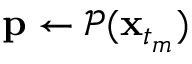
\mathbf { p } \gets \mathcal { P } ( \mathbf { x } _ { t _ { m } } )